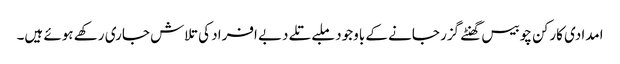
امدادی کارکن چوبیس گھنٹے گزر جانے کے باوجود ملبے تلے دبے افراد کی تلاش جاری رکھے ہوئے ہیں۔